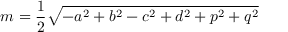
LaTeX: m = { \frac { 1 } { 2 } } { \sqrt { - a ^ { 2 } + b ^ { 2 } - c ^ { 2 } + d ^ { 2 } + p ^ { 2 } + q ^ { 2 } } }